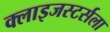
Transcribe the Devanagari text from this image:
क्लाइजस्टर्सला